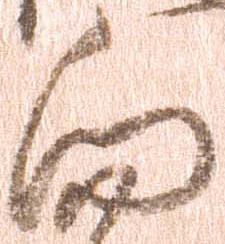
向